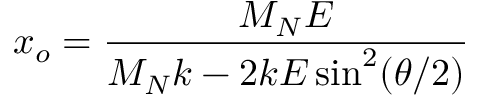
x _ { o } = \frac { M _ { N } E } { M _ { N } k - 2 k E \sin ^ { 2 } ( \theta / 2 ) }